Report on horse surra - Volume I
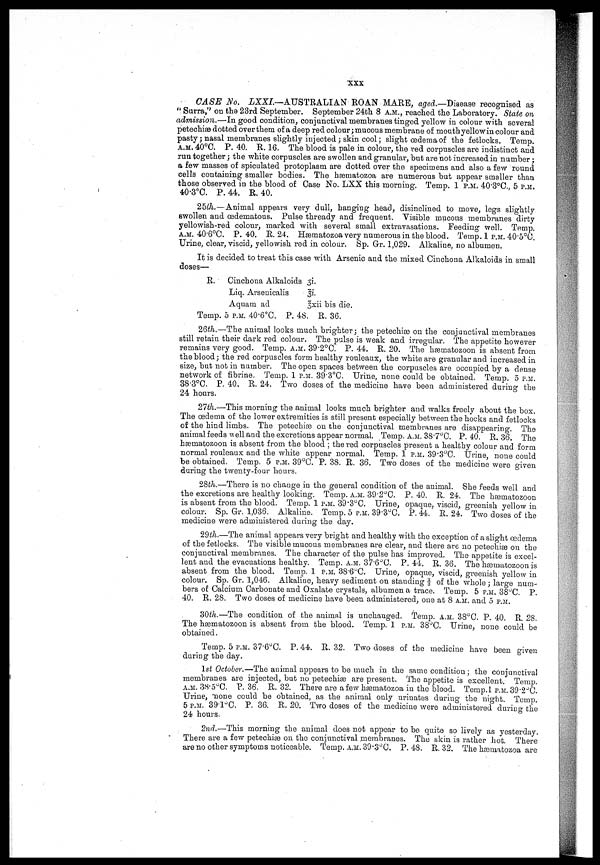
XXX
CASE No. LXXI.—AUSTRALIAN ROAN MARE, aged.—Disease recognised as
" Surra" on the 23rd September. September 24th 8 A.M., reached the Laboratory. State on
admission.—In good condition, conjunctival membranes tinged yellow in colour with several
petechiæ dotted over them of a deep red colour; mucous membrane of mouth yellow in colour and
pasty; nasal membranes slightly injected; skin cool; slight œdema of the fetlocks. Temp.
A.M. 40°C. P. 40. R. 16. The blood is pale in colour, the red corpuscles are indistinct and
run together; the white corpuscles are swollen and granular, but are not increased in number;
a few masses of speculated protoplasm are dotted over the specimens and also a few round
cells containing smaller bodies. The hæmatozoa are numerous but appear smaller than
those observed in the blood of Case No. LXX this morning. Temp. 1 P.M. 40.3°C. 5 P.M.
40.3°C. P. 44. R. 40.
2th.—Animal
appears very dull, hanging head, disinclined to move, legs slightly
swollen and œdematous. Pulse thready and frequent. Visible mucous membranes dirty
yellowish-red colour, marked with several small extravasations. Feeding well. Temp.
A.M. 40.6°C. P. 40. R. 24. Hæmatozoa very numerous in the blood. Temp. 1 P.M. 40.5°C.
Urine, clear, viscid, yellowish red in colour. Sp. Gr. 1,029. Alkaline, no albumen.
It is decided to treat this case with Arsenic and the mixed Cinchona Alkaloids in small
doses—
R.
Cinchona Alkaloids 31.
Liq. Arseuicalis
3i.
Aquam ad
3xii bis die.
Temp. 5 P.M. 40.6°C. P. 48. R. 36.
26th.—The animal looks much brighter; the petechia3 on the conjunctival membranes
still retain their dark red colour. The pulse is weak and irregular. The appetite however
remains very good. Temp. A.M. 39.2°C. P. 44. R. 20. The hæmatozoon is absent from
the blood; the red corpuscles form healthy rouleaux, the white are granular and increased in
size, but not in number. The open spaces between the corpuscles are occupied by a dense
network of fibrine. Temp. 1 P.M. 39.3°C. Urine, none could be obtained. Temp. 5 P.M.
38.3°C. P. 40. R. 24. Two doses of the medicine have been administered during the
24 hours.
27th.—This morning the animal looks much brighter and walks freely about the box.
The œdema of the lower extremities is still present especially between the hocks and fetlocks
of the hind limbs. The petechiæ on the conjunctival membranes are disappearing. The
animal feeds well and the excretions appear normal. Temp. A.M. 38.7°C. P. 40. R. 36. The
hæmatozoon is absent from the blood ; the red corpuscles present a healthy colour and form
normal rouleaux and the white appear normal. Temp. 1 P.M. 39.3°C. Urine, none could
be obtained. Temp. 5 P.M. 39°C. P. 38. R. 36. Two doses of the medicine were given
during the twenty-four hours.
28th.—There is no change in the general condition of the animal. She feeds well and
the excretions are healthy looking. Temp. A.M. 39.2°C. P. 40. R. 24. The hæmatozoon
is absent from the blood. Temp. 1 P.M. 39.3°C. Urine, opaque, viscid, greenish yellow in
colour. Sp. Gr. 1,036. Alkaline. Temp. 5 P.M. 39.3°C. P. 44 R. 24. Two doses of the
medicine were administered during the day.
29th.—The animal appears very bright and healthy with the exception of a slight œdema
of the fetlocks. The visible mucous membranes are clear, and there are no petechiæ on the
conjunctival membranes. The character of the pulse has improved. The appetite is excel-
lent and the evacuations healthy. Temp. A.M. 37.6°C. P. 44. R. 36. The hæmatozoon is
absent from the blood. Temp. 1 P.M. 38.6°C. Urine, opaque, viscid, greenish yellow in
colour. Sp. Gr. 1,046. Alkaline, heavy sediment on stauding § of the whole; large num-
bers of Calcium Carbonate and Oxalate crystals, albumen a trace. Temp. 5 P.M. 38°C. P.
40. R. 28. Two doses of medicine have been administered, one at 8 A.M. and 5 P.M.
30th.—The condition of the animal is unchauged. Temp. A.M. 38°C. P. 40. R. 28.
The hæmatozoon is absent from the blood. Temp. 1 P.M. 38°C. Urine, none could be
obtained.
Temp. 5 P.M. 37.6°C. P. 44. R. 32. Two doses of the medicine have been given
during the day.
1st October.—The animal appears to be much in the same condition; the conjunctival
membranes arc injected, but no petechiæ. are present. The appetite is excellent. Temp.
A.M. 38.5°C. P. 36. R. 32. There are a few hæmatozoa in the blood. Temp.l P.M. 39.2°C.
Urine, "none could be obtained, as the animal only urinates during the night. Temp.
5 P.M. 39.1°C. P. 36. R. 20. Two doses of the medicine were administered during the
24 hours.
2nd.—This morning the animal does not appear to be quite so lively as yesterday.
There are a few petechiæ on the conjunctival membranes. The skin is rather hot. There
are no other symptoms noticeable. Temp. A.M. 39.3°C. P. 48. R. 32. The hæmabozoa are